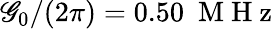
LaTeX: \mathscr{G}_{0}/(2\pi)=0.50\ \mathrm{{~M~H~z~}}